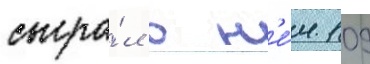
сыгра́л в н'е́м 109